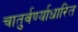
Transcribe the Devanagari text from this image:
चातुर्वर्ण्याधारित